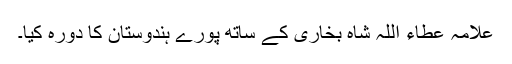
علامہ عطاء اللہ شاہ بخاری کے ساتھ پورے ہندوستان کا دورہ کیا۔